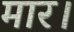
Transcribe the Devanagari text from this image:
मार।